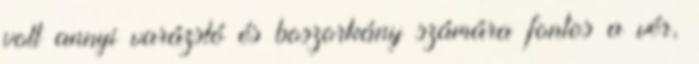
volt annyi varázsló és boszorkány számára fontos a vér,